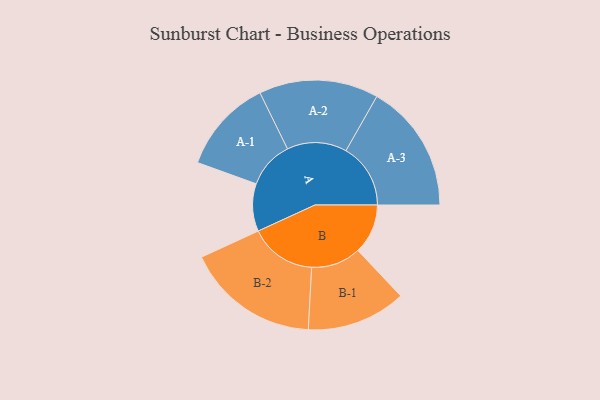
{"axis": {"x": "Segment", "y": "Value"}, "legend": ["", "A", "B"], "data": [{"x": "A", "y": 185, "type": ""}, {"x": "B", "y": 194, "type": ""}, {"x": "A-1", "y": 183, "type": "A"}, {"x": "A-2", "y": 232, "type": "A"}, {"x": "A-3", "y": 251, "type": "A"}, {"x": "B-1", "y": 193, "type": "B"}, {"x": "B-2", "y": 259, "type": "B"}]}